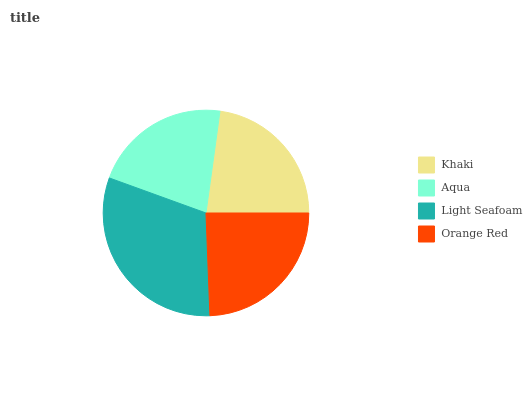
| Khaki | Aqua | Light Seafoam | Orange Red |
 | --- | --- | --- | --- |
 | 22.8% | 21.7% | 31.2% | 24.4% |